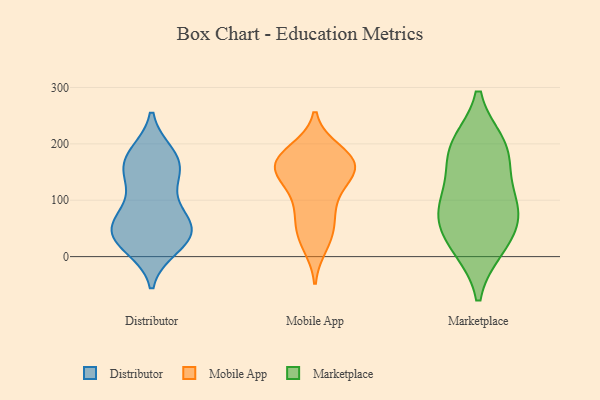
{"axis": {"x": "Satisfaction Score", "y": "Value"}, "legend": ["Distributor", "Marketplace", "Mobile App"], "data": [{"x": "", "y": 76, "type": "Distributor"}, {"x": "", "y": 41, "type": "Distributor"}, {"x": "", "y": 152, "type": "Distributor"}, {"x": "", "y": 165, "type": "Distributor"}, {"x": "", "y": 21, "type": "Distributor"}, {"x": "", "y": 66, "type": "Distributor"}, {"x": "", "y": 42, "type": "Distributor"}, {"x": "", "y": 40, "type": "Distributor"}, {"x": "", "y": 31, "type": "Distributor"}, {"x": "", "y": 169, "type": "Distributor"}, {"x": "", "y": 52, "type": "Distributor"}, {"x": "", "y": 141, "type": "Distributor"}, {"x": "", "y": 72, "type": "Distributor"}, {"x": "", "y": 181, "type": "Distributor"}, {"x": "", "y": 122, "type": "Distributor"}, {"x": "", "y": 17, "type": "Distributor"}, {"x": "", "y": 182, "type": "Distributor"}, {"x": "", "y": 153, "type": "Mobile App"}, {"x": "", "y": 64, "type": "Mobile App"}, {"x": "", "y": 51, "type": "Mobile App"}, {"x": "", "y": 163, "type": "Mobile App"}, {"x": "", "y": 131, "type": "Mobile App"}, {"x": "", "y": 168, "type": "Mobile App"}, {"x": "", "y": 163, "type": "Mobile App"}, {"x": "", "y": 163, "type": "Mobile App"}, {"x": "", "y": 33, "type": "Mobile App"}, {"x": "", "y": 186, "type": "Mobile App"}, {"x": "", "y": 141, "type": "Mobile App"}, {"x": "", "y": 188, "type": "Mobile App"}, {"x": "", "y": 89, "type": "Mobile App"}, {"x": "", "y": 164, "type": "Mobile App"}, {"x": "", "y": 20, "type": "Mobile App"}, {"x": "", "y": 104, "type": "Mobile App"}, {"x": "", "y": 199, "type": "Marketplace"}, {"x": "", "y": 82, "type": "Marketplace"}, {"x": "", "y": 58, "type": "Marketplace"}, {"x": "", "y": 143, "type": "Marketplace"}, {"x": "", "y": 17, "type": "Marketplace"}, {"x": "", "y": 16, "type": "Marketplace"}, {"x": "", "y": 89, "type": "Marketplace"}, {"x": "", "y": 183, "type": "Marketplace"}, {"x": "", "y": 199, "type": "Marketplace"}, {"x": "", "y": 85, "type": "Marketplace"}]}